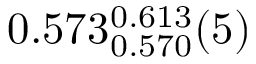
0 . 5 7 3 _ { 0 . 5 7 0 } ^ { 0 . 6 1 3 } ( 5 )